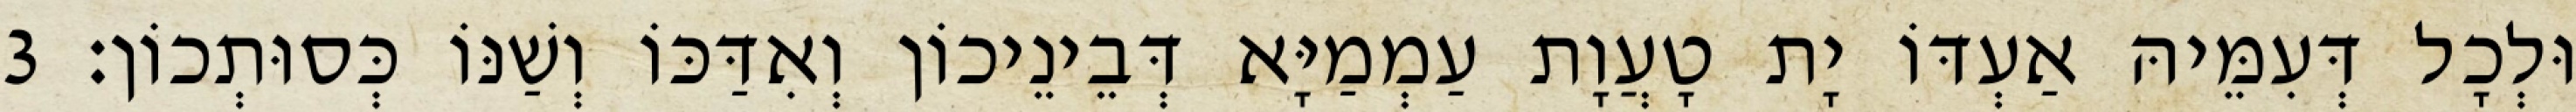
וּלְכָל דְּעִמֵּיהּ אַעְדּוֹ יָת טָעֲוָת עַמְמַיָּא דְּבֵינֵיכוֹן וְאִדַּכּוֹ וְשַׁנּוֹ כְּסוּתְכוֹן׃ 3